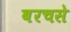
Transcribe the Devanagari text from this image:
बरचसे